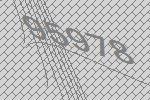
95978